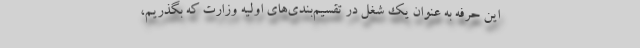
این حرفه به عنوان یک شغل در تقسیم‌بندی‌های اولیه وزارت که بگذریم،